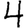
Digit: 4